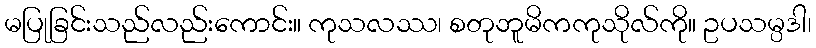
မပြုခြင်းသည်လည်းကောင်း။ ကုသလဿ၊ စတုဘူမိကကုသိုလ်ကို။ ဥပသမ္ပဒါ၊